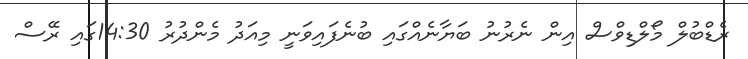
ރެޑްބުލް މޯލްޑިވްސް އިން ނެރުނު ބަޔާނެއްގައި ބުނެފައިވަނީ މިއަދު މެންދުރު 14:30ގައި ރޭސް